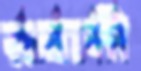
রব্বানী